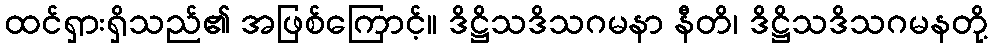
ထင်ရှားရှိသည်၏ အဖြစ်ကြောင့်။ ဒိဋ္ဌိသဒိသဂမနာ နီတိ၊ ဒိဋ္ဌိသဒိသဂမနတို့